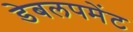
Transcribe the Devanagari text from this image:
डेबलपमेंट